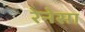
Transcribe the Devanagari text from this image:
रेनेसा